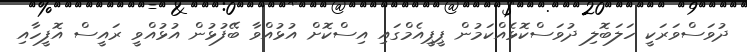
ދުވަސްވަރަކީ ހަލަބޮލި ދުވަސްކޮޅެއްކަމުން ޕީޕީއެމްގައި އިސްކޮށް އުޅުއްވާ ބޭފުޅުން އުޅުއްވީ ރައީސް އޮފީހާއި